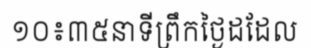
១០៖៣៥នាទីព្រឹកថ្ងៃដដែល